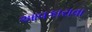
આવકારાવા